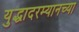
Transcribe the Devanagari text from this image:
युद्धादरम्यानच्या